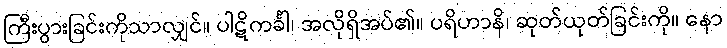
ကြီးပွားခြင်းကိုသာလျှင်။ ပါဋိကင်္ခါ၊ အလိုရှိအပ်၏။ ပရိဟာနိ၊ ဆုတ်ယုတ်ခြင်းကို။ နော